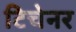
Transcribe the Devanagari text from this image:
टिचेनर